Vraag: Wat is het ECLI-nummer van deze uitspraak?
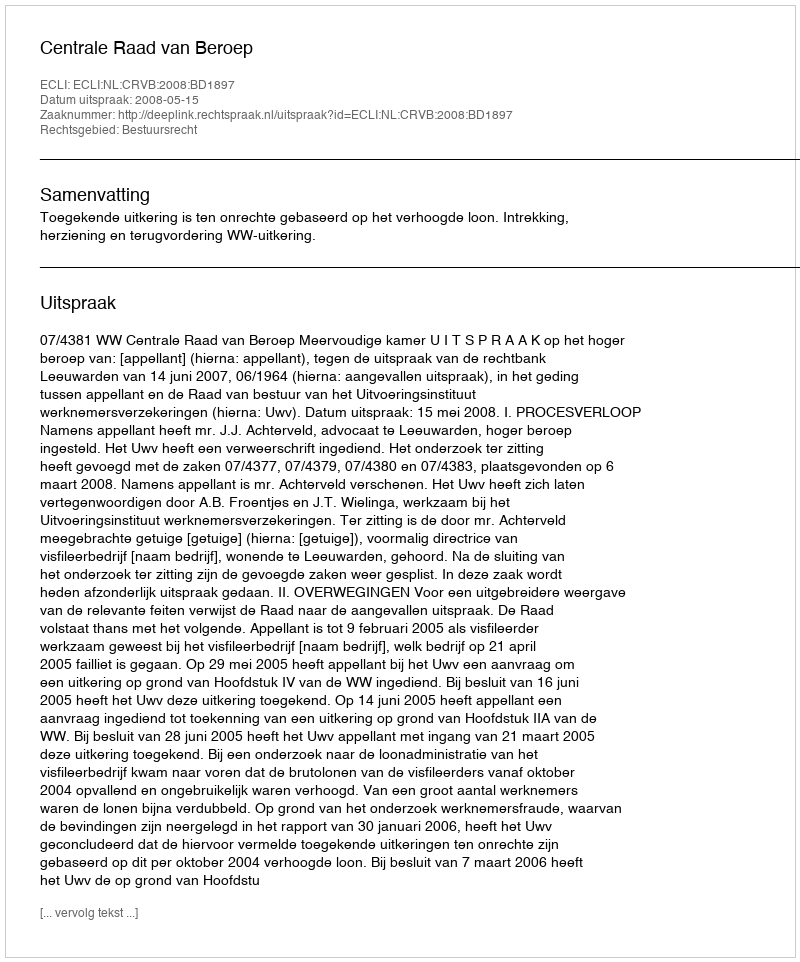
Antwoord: ECLI:NL:CRVB:2008:BD1897